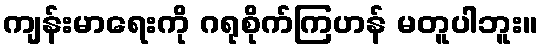
ကျန်းမာရေးကို ဂရုစိုက်ကြဟန် မတူပါဘူး။